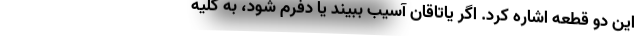
این دو قطعه اشاره کرد. اگر یاتاقان آسیب ببیند یا دِفُرم شود، به کلیه